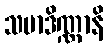
သမာဒိဏ္ဏာနိ